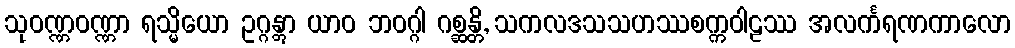
သုဝဏ္ဏဝဏ္ဏာ ရသ္မိယော ဥဂ္ဂန္တွာ ယာဝ ဘဝဂ္ဂါ ဂစ္ဆန္တိ, သကလဒသသဟဿစက္ကဝါဠဿ အလင်္ကရဏကာလော